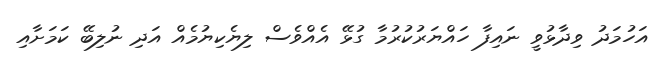
އަހުމަދު ވިދާޅުވީ ނައިފާ ހައްޔަރުކުރުމާ ގުޅޭ އެއްވެސް ލިޔެކިޔުމެއް އަދި ނުލިބޭ ކަމަށާއި